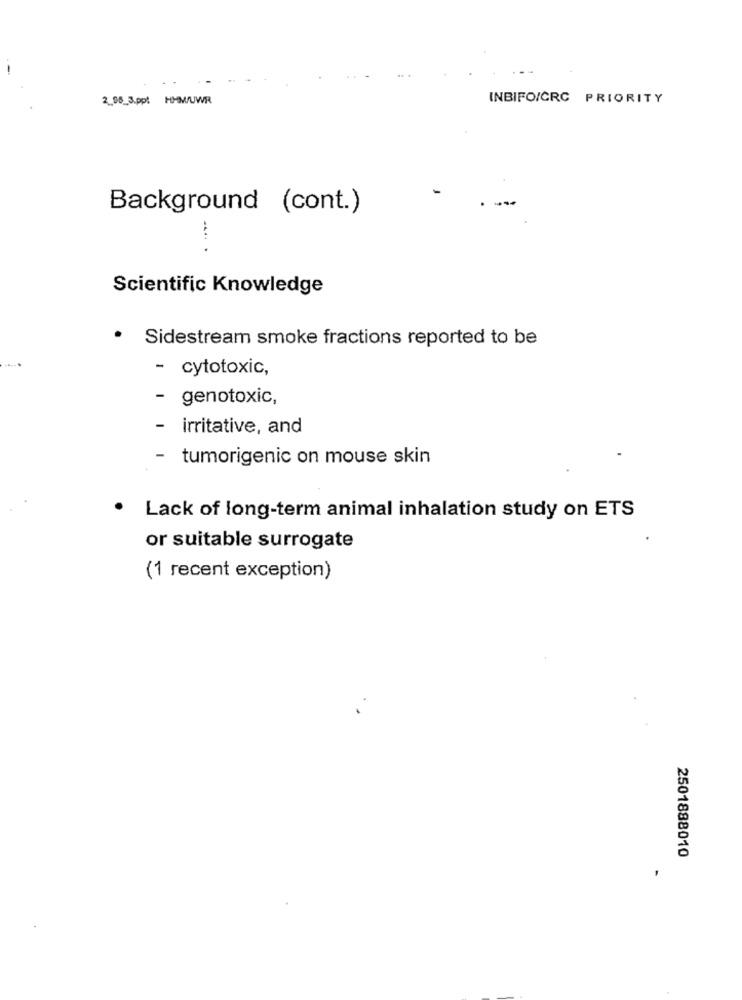
2_06_3.ppt HHM/UWR
INBIFO/CRC PRIORITY
Background (cont.)
.... .
Scientific Knowledge
.
Sidestream smoke fractions reported to be
- cytotoxic,
- genotoxic,
- irritative, and
- tumorigenic on mouse skin
Lack of long-term animal inhalation study on ETS
or suitable surrogate
(1 recent exception)
2501888010